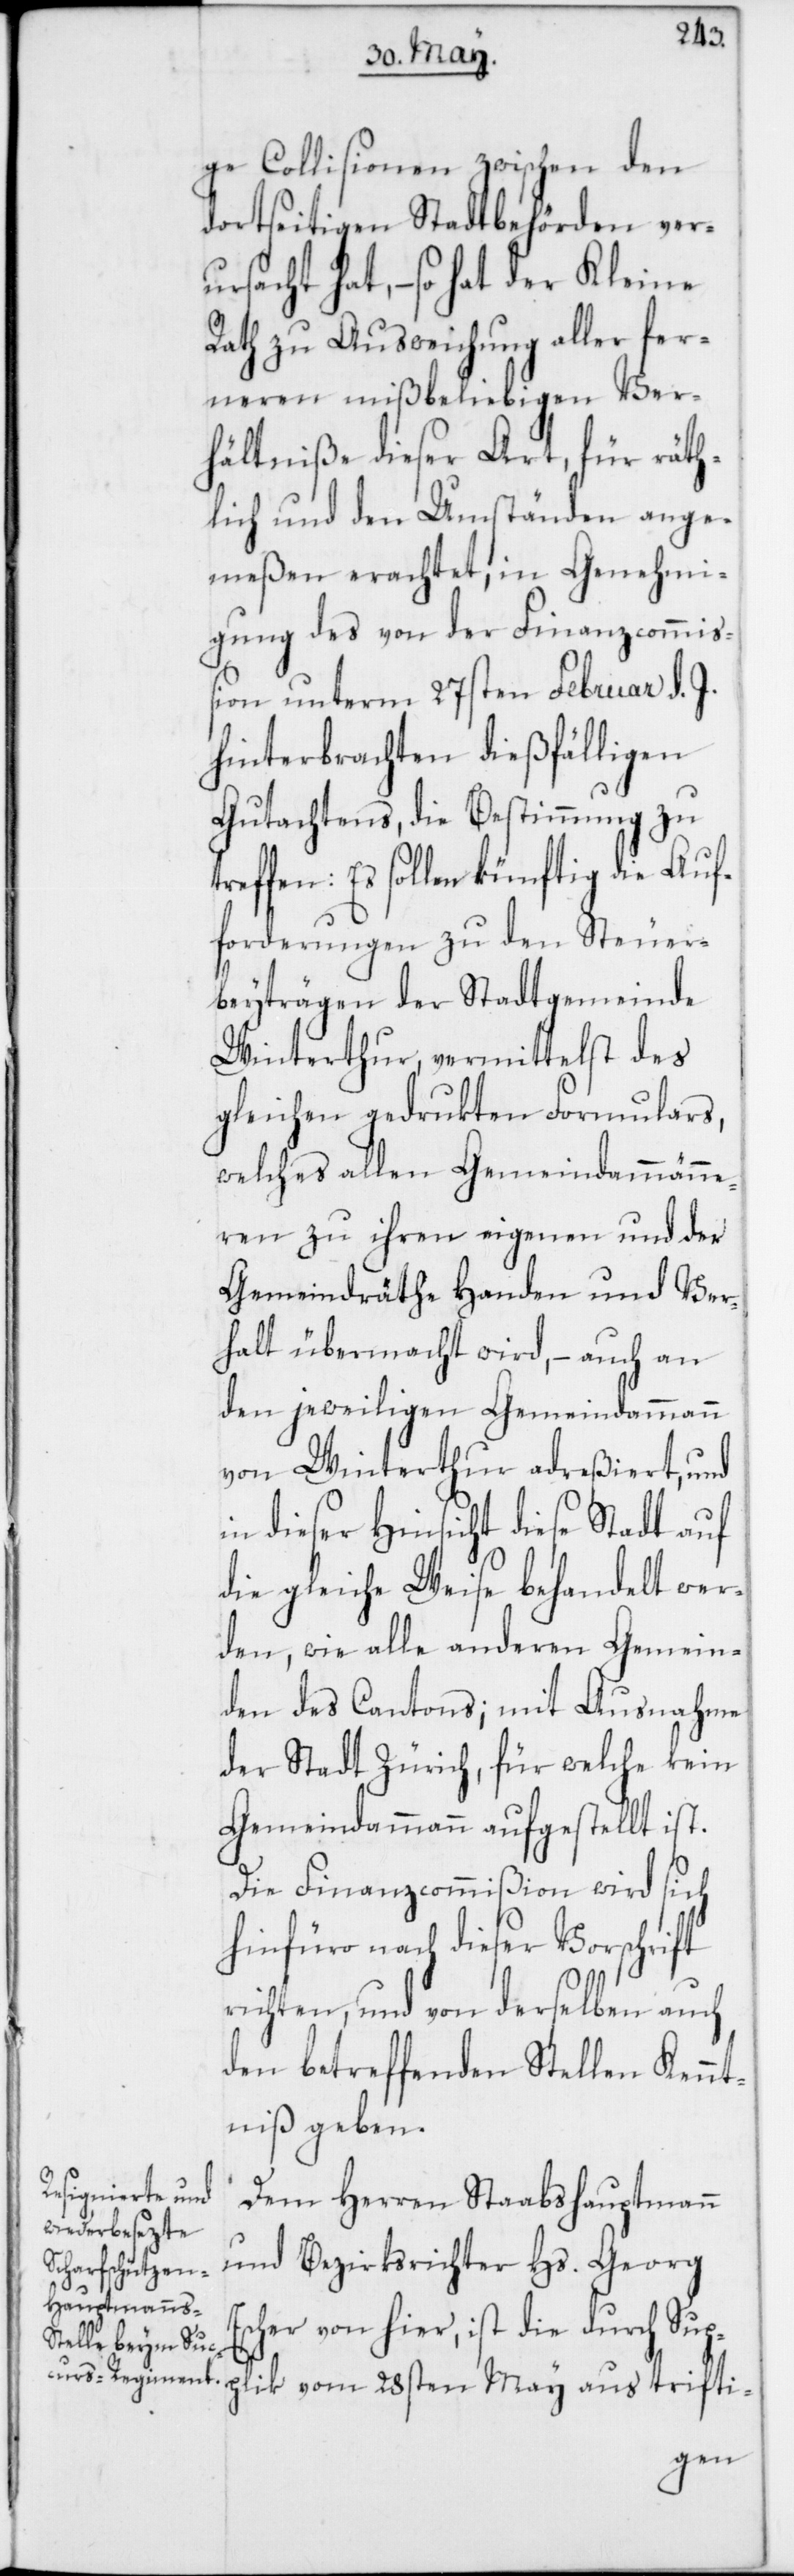
plik
ge Collisionen zwischen den
dortseitigen Stadtbehörden ver¬
ursacht hat, – so hat der Kleine
Rath zu Ausweichung aller fer¬
neren mißbeliebigen Ver¬
hältniße dieser Art, für räth¬
lich und den Umständen ange¬
meßen erachtet; in Genehmi¬
gung des von der Finanzcommiß¬
ion unterm 27sten Februar d. J.
hinterbrachten dießfälligen
Gutachtens, die Bestimmung zu
treffen: Es sollen künftig die Auf¬
forderungen zu den Steuer¬
beyträgen der Stadtgemeinde
Winterthur, vermittelst des
gleichen gedrukten Formulars,
welches allen Gemeindammänne¬
ren zu ihren eigenen und der
Gemeindräthe Handen und Ver¬
halt übermacht wird, – auch an
den jeweiligen Gemeindammann
von Winterthur adreßiert, und
in dieser Hinsicht diese Stadt auf
die gleiche Weise behandelt wer¬
den, wie alle anderen Gemein¬
den des Cantons; mit Ausnahme
der Stadt Zürich, für welche kein
Gemeindammann aufgestellt ist.
Die Finanzcommißion wird sich
hinfüro nach dieser Vorschrift
richten, und von derselben auch
den betreffenden Stellen Kennt¬
niß geben.
Dem Herren Staabshauptmann
und Bezirksrichter Hs. Georg
Escher von hier, ist die durch Sup¬